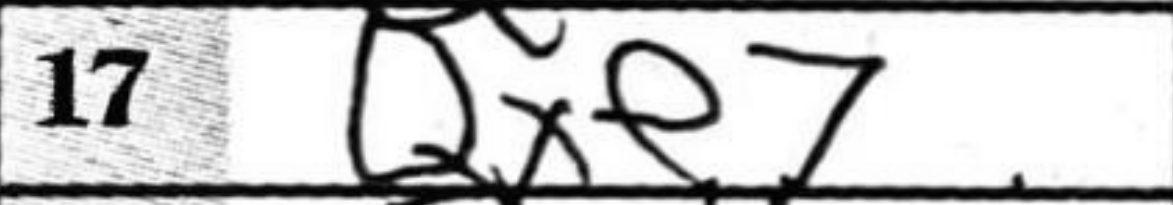
Transcription: Qxe7